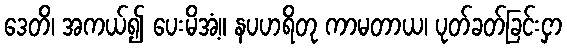
ဒေတိ၊ အကယ်၍ ပေးမိအံ့။ နပဟရိတု ကာမတာယ၊ ပုတ်ခတ်ခြင်းငှာ